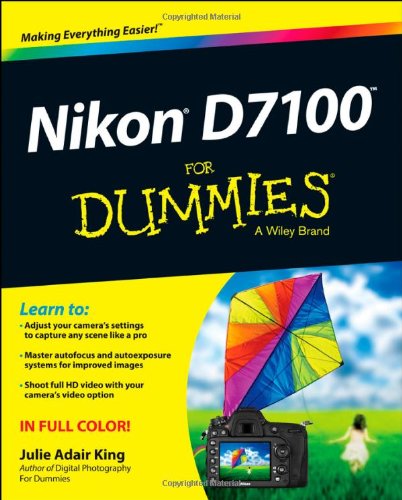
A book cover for Nikon D7100 For Dummies; Julie Adair King; Arts & Photography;